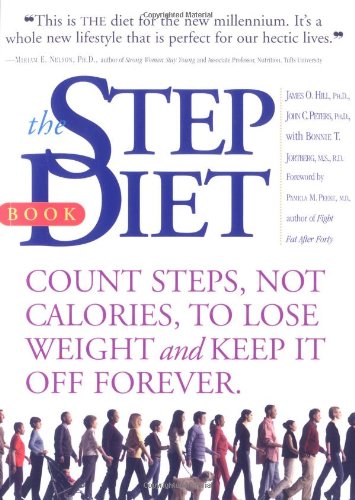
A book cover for The Step Diet: Count Steps, Not Calories to Lose Weight and Keep It off Forever; James O. Hill Ph.D.; Health, Fitness & Dieting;